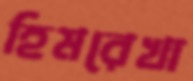
হিমরেখা